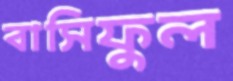
বাসিফুল